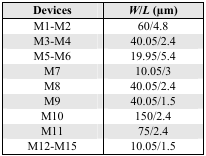
<table><thead><tr><td><b>Devices</b></td><td><b><i>W</i>/<i>L</i> (μm)</b></td></tr></thead><tbody><tr><td>M1–M2</td><td>60/4.8</td></tr><tr><td>M3–M4</td><td>40.05/2.4</td></tr><tr><td>M5–M6</td><td>19.95/5.4</td></tr><tr><td>M7</td><td>10.05/3</td></tr><tr><td>M8</td><td>40.05/2.4</td></tr><tr><td>M9</td><td>40.05/1.5</td></tr><tr><td>M10</td><td>150/2.4</td></tr><tr><td>M11</td><td>75/2.4</td></tr><tr><td>M12–M15</td><td>10.05/1.5</td></tr></tbody></table>